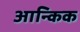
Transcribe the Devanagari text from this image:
आन्किक